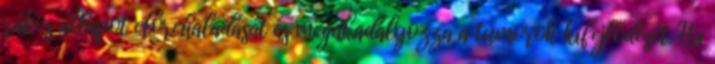
rákos állapot előrehaladását és megakadályozza a tumorok kifejlődését. Ha